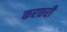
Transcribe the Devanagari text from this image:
करछरी